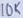
Text: 10K